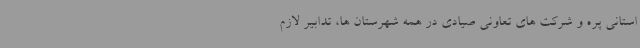
استانی پره و شرکت های تعاونی صیادی در همه شهرستان ها، تدابیر لازم